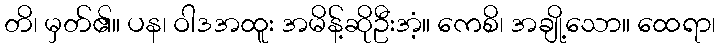
တိ၊ မှတ်၏။ ပန၊ ဝါဒအထူး အမိန့်ဆိုဦးအံ့။ ကေစိ၊ အချို့သော။ ထေရာ၊